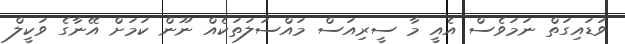
ވަޑައިގަތް ނަމަވެސް އެއީ މާ ސީރިއަސް މައްސަލަތަކެއް ނޫން ކަމަށް އޭނާގެ ވަކީލް